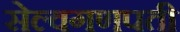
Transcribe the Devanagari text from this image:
सेल्वगणपती